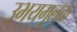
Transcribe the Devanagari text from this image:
उभयमूलक